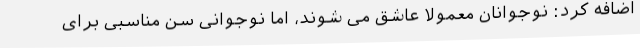
اضافه کرد: نوجوانان معمولا عاشق می شوند، اما نوجوانی سن مناسبی برای